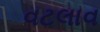
વટલાવ